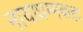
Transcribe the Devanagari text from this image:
नायाधम्मकहा